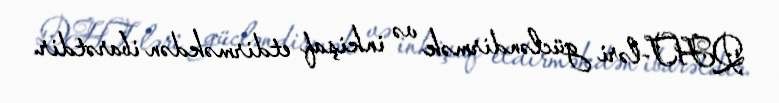
QHT-ləri gücləndirmək və inkişaf etdirməkdən ibarətdir.